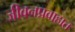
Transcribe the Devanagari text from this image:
जीवनप्रवाहात